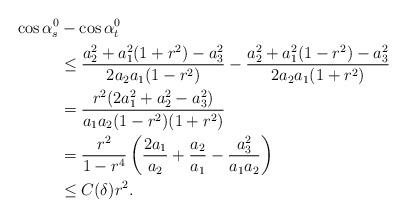
LaTeX: \begin{align*} \cos\alpha_s^0 & - \cos\alpha_t^0 \\ & \le \frac{a_2^2+a_1^2(1+r^2)-a_3^2}{2a_2a_1(1-r^2)} -\frac{a_2^2+a_1^2(1-r^2)-a_3^2}{2a_2a_1(1+r^2)} \\ &=\frac{r^2(2a_1^2+a_2^2-a_3^2)}{a_1a_2(1-r^2)(1+r^2)}\\ &=\frac{r^2}{1-r^4}\left(\frac{2a_1}{a_2}+\frac{a_2}{a_1}-\frac{a_3^2}{a_1a_2} \right)\\ &\le C(\delta)r^2.\end{align*}